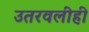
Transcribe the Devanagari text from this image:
उतरवलीही